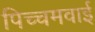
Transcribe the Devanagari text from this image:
पिच्चमवाई